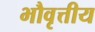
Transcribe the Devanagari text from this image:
भौवृत्तीय